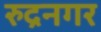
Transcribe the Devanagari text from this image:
रुद्रनगर